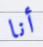
أنا